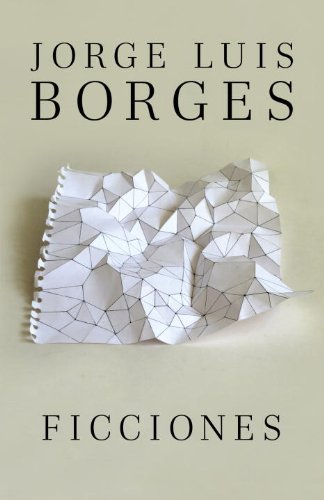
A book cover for Ficciones (Spanish Edition); Jorge Luis Borges; Literature & Fiction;